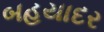
બહયાદર